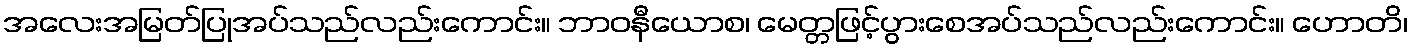
အလေးအမြတ်ပြုအပ်သည်လည်းကောင်း။ ဘာဝနီယောစ၊ မေတ္တဖြင့်ပွားစေအပ်သည်လည်းကောင်း။ ဟောတိ၊